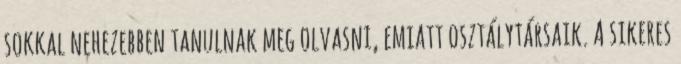
sokkal nehezebben tanulnak meg olvasni, emiatt osztálytársaik. A sikeres